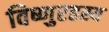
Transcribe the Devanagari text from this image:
विष्णुरहस्य